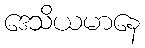
ဒေသိယမာနေ